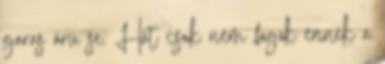
garas árú se. Hát csak nem fogok ennek a